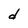
Character: d